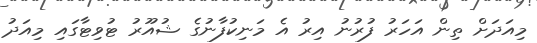
މިއަދަށް ތިން އަހަރު ފުރުނު އިރު އެ މަނިކުފާނުގެ ޝުއޫރު ޓުވިޓާގައި މިއަދު